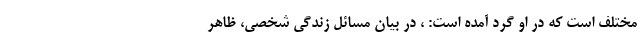
مختلف است که در او گرد آمده است: ، در بیان مسائل زندگی شخصی، ظاهر